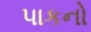
પાકનો